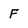
Character: F